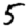
Digit: 5